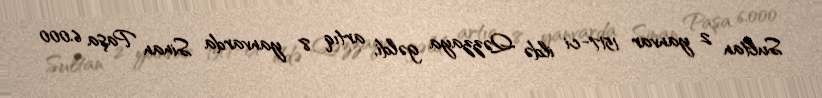
Sultan 2 yanvar 1517-ci ildə Qəzzaya gəldi, artıq 8 yanvarda Sinan Paşa 6.000